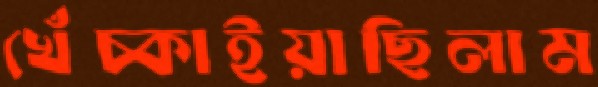
খেঁচ্‌কাইয়াছিলাম